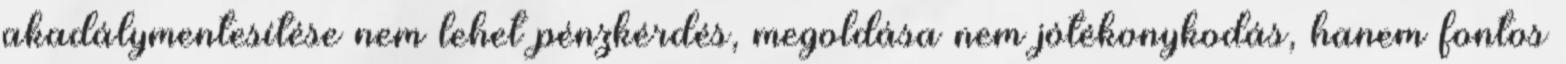
akadálymentesítése nem lehet pénzkérdés, megoldása nem jótékonykodás, hanem fontos